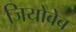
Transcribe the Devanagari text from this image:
जियोवेब